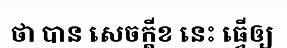
ថា បាន សេចក្តីខ នេះ ធ្វើឲ្យ